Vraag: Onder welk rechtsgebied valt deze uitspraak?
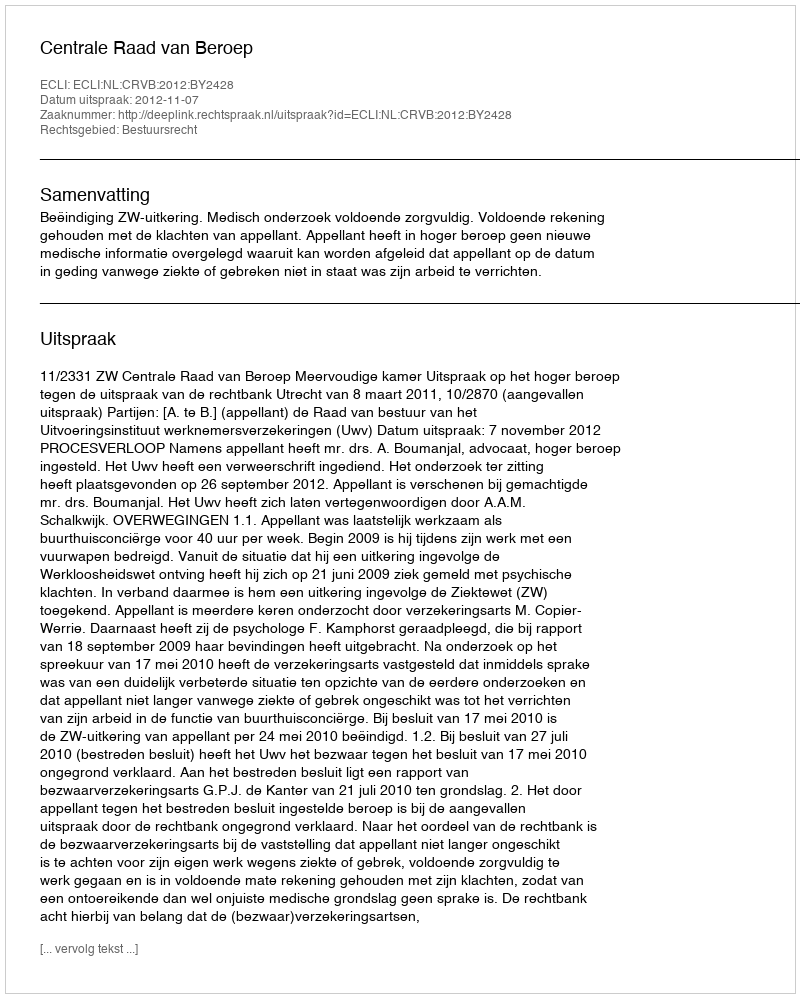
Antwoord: Bestuursrecht